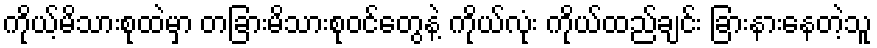
ကိုယ့်မိသားစုထဲမှာ တခြားမိသားစုဝင်တွေနဲ့ ကိုယ်လုံး ကိုယ်ထည်ချင်း ခြားနားနေတဲ့သူ